Report on sanitation, dispensaries, and jails in Rajputana for 1909, and on vaccination for the year 1909-1910 - 1909-1910
Year: 1909
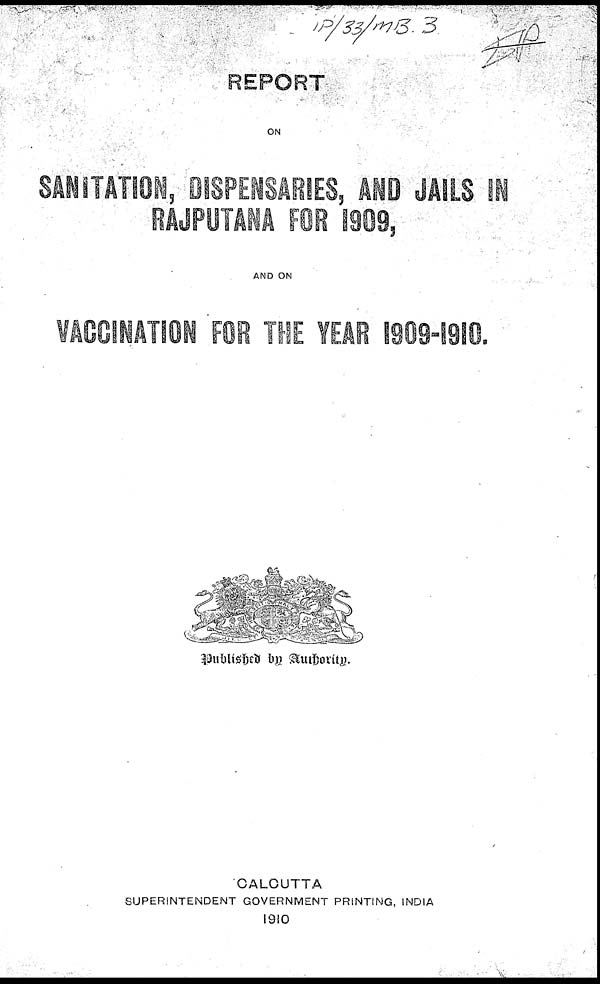
REPORT
ON
SANITATION, DISPENSARIES, AND JAILS IN
RAJPUTANA FOR 1909,
AND ON
VACCINATION FOR THE YEAR 1909-1910.
Published by Authority.
CALCUTTA
SUPERINTENDENT GOVERNMENT PRINTING, INDIA
1910